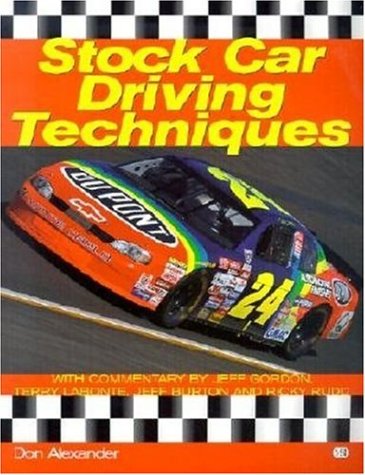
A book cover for Stock Car Driving Techniques; Don Alexander; Test Preparation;